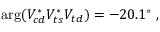
\arg ( V _ { c d } ^ { * } V _ { t s } ^ { * } V _ { t d } ) = - 2 0 . 1 ^ { \circ } \; ,